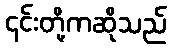
၎င်းတို့ကဆိုသည်